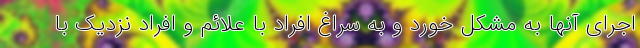
اجرای آنها به مشکل خورد و به سراغ افراد با علائم و افراد نزدیک با